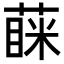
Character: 蔝